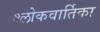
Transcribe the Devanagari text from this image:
श्लोकवार्तिका